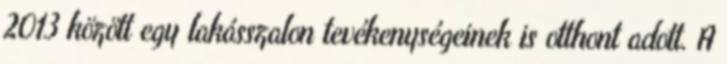
2013 között egy lakásszalon tevékenységeinek is otthont adott. A